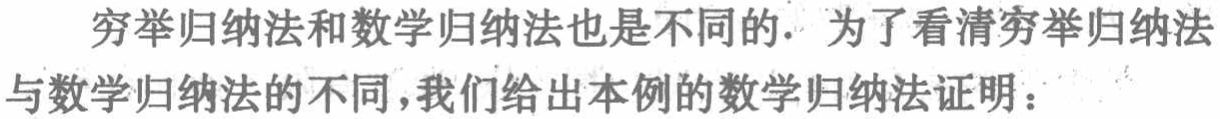
穷举归纳法和数学归纳法也是不同的. 为了看清穷举归纳法与数学归纳法的不同，我们给出本例的数学归纳法证明：